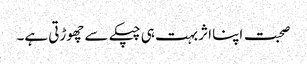
صحبت اپنا اثر بہت ہی چپکے سے چھوڑتی ہے۔